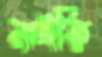
নাইকি